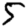
Digit: 5